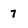
Character: 7